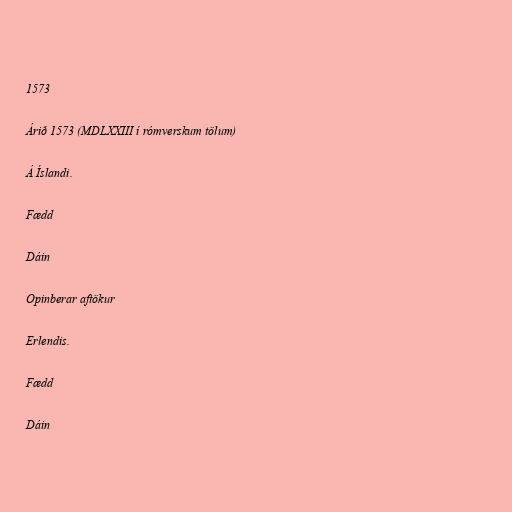
1573

Árið 1573 (MDLXXIII í rómverskum tölum)

Á Íslandi.

Fædd

Dáin

Opinberar aftökur

Erlendis.

Fædd

Dáin